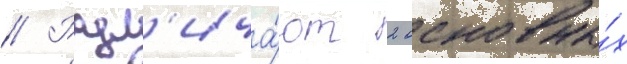
// Разл'ича́ют 2 основны́х